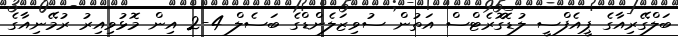
ބަލްގޭރިއާގެ ޕީއެފްސީ ލުޑޮގޮރެޓްސް އަތުން ސުވިޒަލެންޑްގެ ބަސެލް 4-2 އިން މޮޅުވިއިރު ރުމޭނިއާގެ